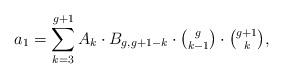
LaTeX: \begin{align*}a_1=\sum_{k=3}^{g+1}A_{k}\cdot B_{g,g+1-k}\cdot\tbinom{g}{k-1}\cdot\tbinom{g+1}{k},\end{align*}